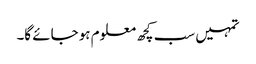
تمہیں سب کچھ معلوم ہو جائے گا۔